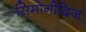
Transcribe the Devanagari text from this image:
सिमोनीदिज